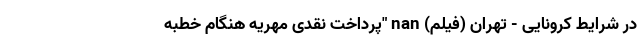
در شرایط کرونایی - تهران (فیلم) nan "پرداخت نقدی مهریه هنگام خطبه